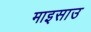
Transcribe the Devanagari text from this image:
माइसाउ